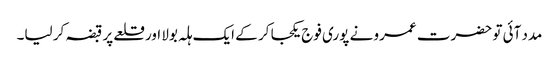
مدد آئی تو حضرت عمرو نے پوری فوج یکجا کر کے ایک ہلہ بولا اور قلعے پر قبضہ کر لیا۔